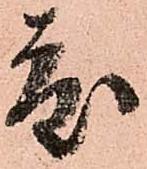
度